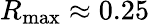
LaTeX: R_{\mathrm{max}}\approx 0.25